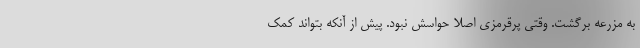
به مزرعه برگشت. وقتی پرقرمزی اصلا حواسش نبود. پیش از آنکه بتواند کمک